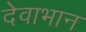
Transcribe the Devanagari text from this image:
देवाभान